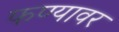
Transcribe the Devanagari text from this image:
फण्यावर